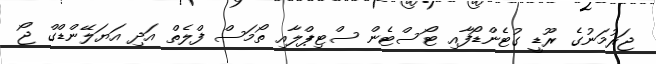
ޖަރުމަނުގެ ރޫޑީ ގުޓެންޑޯފާއި ޓޯސްޓެން ސްޓިޕްލާއި ތޯމަސް ފްލެތް އަދި އަޔަލޭންޑްގް ޖޯ